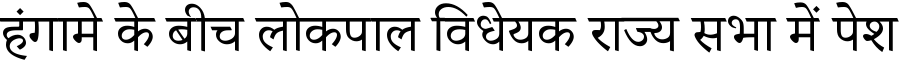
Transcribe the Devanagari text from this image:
हंगामे के बीच लोकपाल विधेयक राज्य सभा में पेश